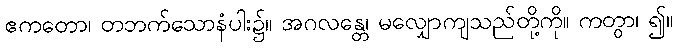
ဧကတော၊ တဘက်သောနံပါး၌။ အဂလန္တေ၊ မလျှောကျသည်တို့ကို။ ကတွာ၊ ၍။